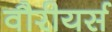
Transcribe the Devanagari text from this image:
वौरीयर्स